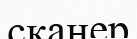
сканер